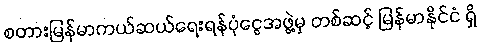
စတားမြန်မာကယ်ဆယ်ရေးရန်ပုံငွေအဖွဲ့မှ တစ်ဆင့် မြန်မာနိုင်ငံ ရှိ